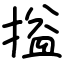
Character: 搤